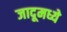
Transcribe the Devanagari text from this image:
जादूमध्ये